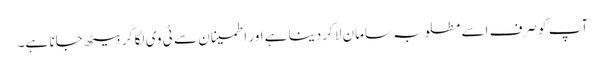
آپ کو صرف اسے مطلوبہ سامان لاکر دینا ہے اور اطمینان سے ٹی وی لگا کر بیٹھ جانا ہے۔